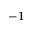
^ { - 1 }